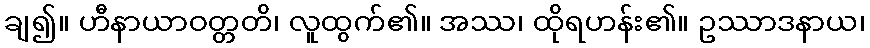
ချ၍။ ဟီနာယာဝတ္တတိ၊ လူထွက်၏။ အဿ၊ ထိုရဟန်း၏။ ဥဿာဒနာယ၊